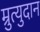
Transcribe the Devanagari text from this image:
म्रुत्युदान